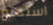
استمتع